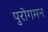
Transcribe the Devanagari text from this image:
पुरोगमन